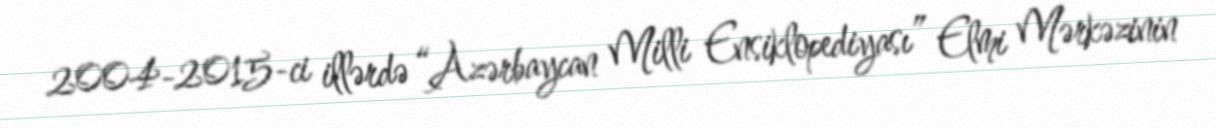
2004-2015-ci illərdə “Azərbaycan Milli Ensiklopediyası” Elmi Mərkəzinin